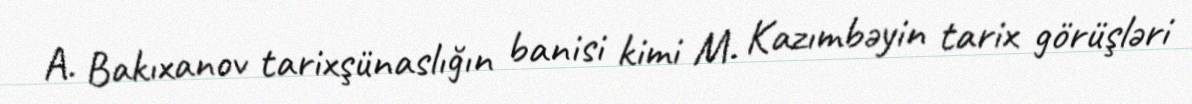
A. Bakıxanov tarixşünaslığın banisi kimi M. Kazımbəyin tarix görüşləri